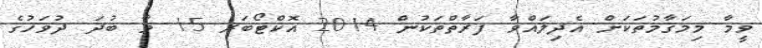
ވީމާ މިމަޤާމުތަކަށް އެދިލައްވާ ފަރާތްތަކުން 2014 އޮކްޓޯބަރ 15 ވާ ބުދަ ދުވަހުގެ